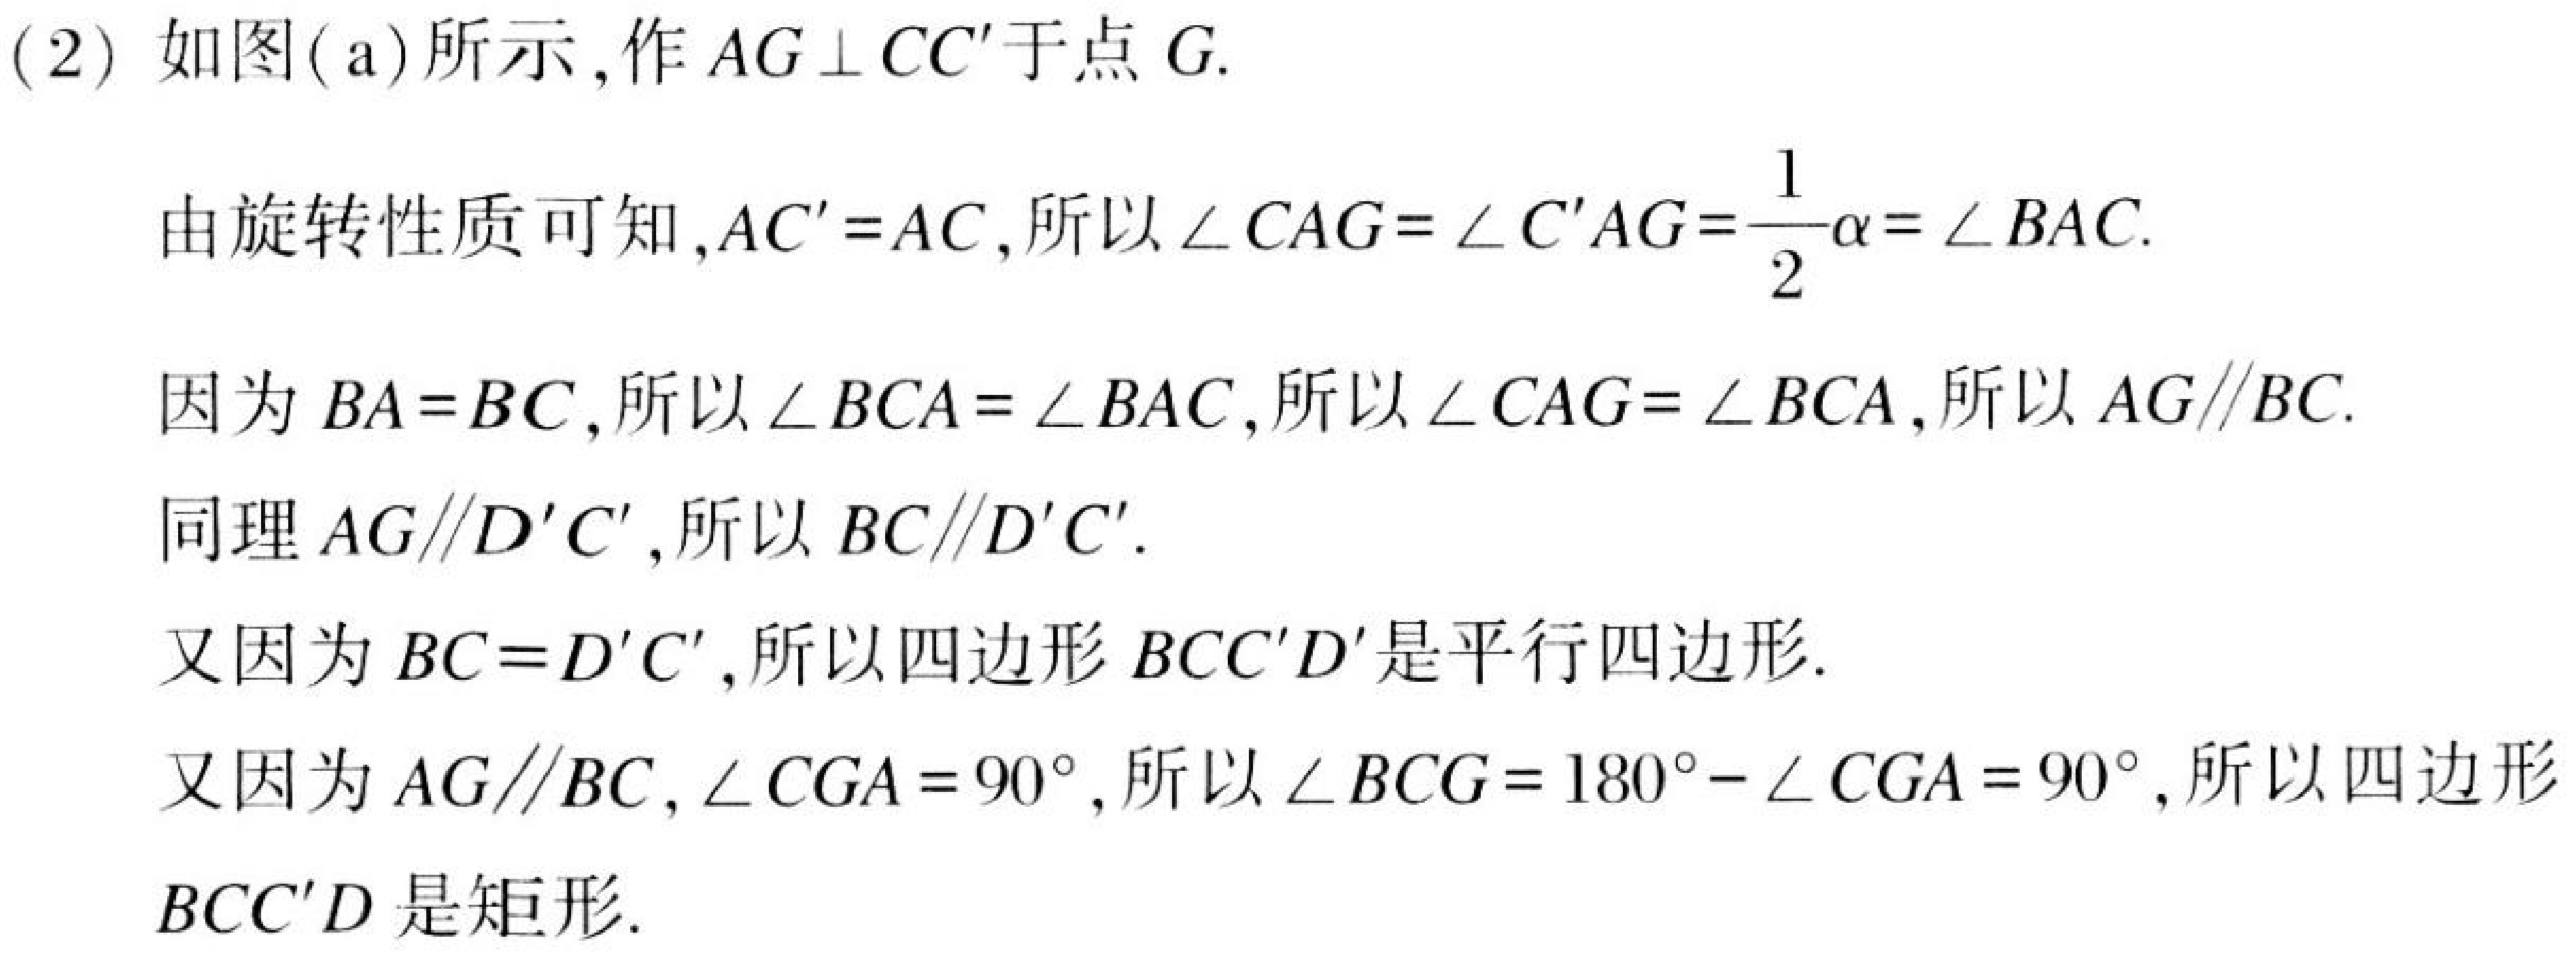
(2) 如图(a)所示, 作 \(AG\perp CC'\) 于点 \(G\).
由旋转性质可知, \(AC' = AC\), 所以 \(\angle CAG=\angle C'AG=\frac{1}{2}\alpha=\angle BAC\).
因为 \(BA = BC\), 所以 \(\angle BCA=\angle BAC\), 所以 \(\angle CAG=\angle BCA\), 所以 \(AG\parallel BC\).
同理 \(AG\parallel D'C'\), 所以 \(BC\parallel D'C'\).
又因为 \(BC = D'C'\), 所以四边形 \(BCC'D'\) 是平行四边形.
又因为 \(AG\parallel BC\), \(\angle CGA = 90^{\circ}\), 所以 \(\angle BCG=180^{\circ}-\angle CGA = 90^{\circ}\), 所以四边形 \(BCC'D\) 是矩形.